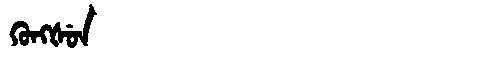
Manchu: ᡴᡠᠩᡧᡠᠨ
Romanization: KUNGŠUN